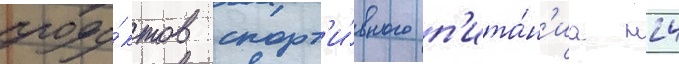
проду́ктов спорт'и́вного п'ита́н'иа н24